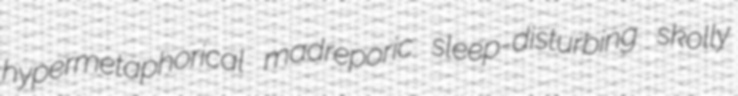
hypermetaphorical madreporic sleep-disturbing skolly